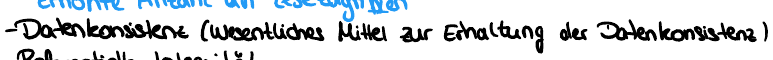
- Datenkonsistenz (wesentliches Mittel zur Erhaltung der Datenkonsistenz)